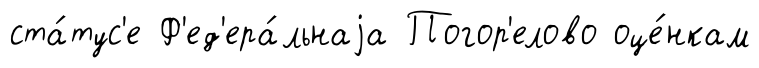
ста́тус'е Ф'ед'ера́льнаjа Погор'елово оце́нкам